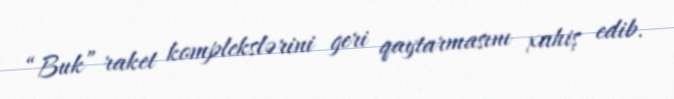
“Buk” raket komplekslərini geri qaytarmasını xahiş edib.